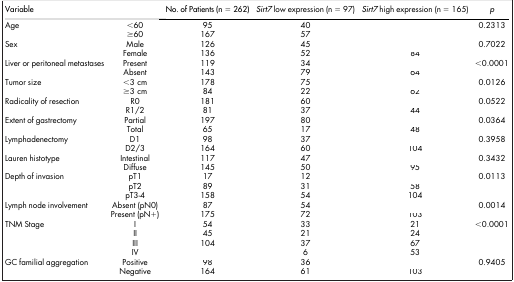
<table><thead><tr><td colspan="2"><b>Variable</b></td><td><b>No. of Patients (n = 262)</b></td><td><b><i>Sirt7</i> low expression (n = 97)</b></td><td><b><i>Sirt7</i> high expression (n = 165)</b></td><td><b><i>p</i></b></td></tr></thead><tbody><tr><td>Age</td><td>&lt;60</td><td>95</td><td>40</td><td>[EMPTY_CELL]</td><td>0.2313</td></tr><tr><td>[EMPTY_CELL]</td><td>≥60</td><td>167</td><td>57</td><td>[EMPTY_CELL]</td><td>[EMPTY_CELL]</td></tr><tr><td rowspan="2">Sex</td><td>Male</td><td>126</td><td>45</td><td>[EMPTY_CELL]</td><td rowspan="2">0.7022</td></tr><tr><td>Female</td><td>136</td><td>52</td><td>84</td></tr><tr><td rowspan="2">Liver or peritoneal metastases</td><td>Present</td><td>119</td><td>34</td><td>[EMPTY_CELL]</td><td rowspan="2">&lt;0.0001</td></tr><tr><td>Absent</td><td>143</td><td>79</td><td>64</td></tr><tr><td rowspan="2">Tumor size</td><td>&lt;3 cm</td><td>178</td><td>75</td><td>[EMPTY_CELL]</td><td rowspan="2">0.0126</td></tr><tr><td>≥3 cm</td><td>84</td><td>22</td><td>62</td></tr><tr><td rowspan="2">Radicality of resection</td><td>R0</td><td>181</td><td>60</td><td>[EMPTY_CELL]</td><td rowspan="2">0.0522</td></tr><tr><td>R1/2</td><td>81</td><td>37</td><td>44</td></tr><tr><td rowspan="2">Extent of gastrectomy</td><td>Partial</td><td>197</td><td>80</td><td>[EMPTY_CELL]</td><td rowspan="2">0.0364</td></tr><tr><td>Total</td><td>65</td><td>17</td><td>48</td></tr><tr><td rowspan="2">Lymphadenectomy</td><td>D1</td><td>98</td><td>37</td><td>[EMPTY_CELL]</td><td rowspan="2">0.3958</td></tr><tr><td>D2/3</td><td>164</td><td>60</td><td>104</td></tr><tr><td rowspan="2">Lauren histotype</td><td>Intestinal</td><td>117</td><td>47</td><td>[EMPTY_CELL]</td><td rowspan="2">0.3432</td></tr><tr><td>Diffuse</td><td>145</td><td>50</td><td>95</td></tr><tr><td rowspan="3">Depth of invasion</td><td>pT1</td><td>17</td><td>12</td><td>[EMPTY_CELL]</td><td rowspan="3">0.0113</td></tr><tr><td>pT2</td><td>89</td><td>31</td><td>58</td></tr><tr><td>pT3-4</td><td>158</td><td>54</td><td>104</td></tr><tr><td rowspan="2">Lymph node involvement</td><td>Absent (pN0)</td><td>87</td><td>54</td><td>[EMPTY_CELL]</td><td rowspan="2">0.0014</td></tr><tr><td>Present (pN+)</td><td>175</td><td>72</td><td>103</td></tr><tr><td rowspan="4">TNM Stage</td><td>I</td><td>54</td><td>33</td><td>21</td><td rowspan="4">&lt;0.0001</td></tr><tr><td>II</td><td>45</td><td>21</td><td>24</td></tr><tr><td>III</td><td>104</td><td>37</td><td>67</td></tr><tr><td>IV</td><td>[EMPTY_CELL]</td><td>6</td><td>53</td></tr><tr><td rowspan="2">GC familial aggregation</td><td>Positive</td><td>98</td><td>36</td><td>[EMPTY_CELL]</td><td rowspan="2">0.9405</td></tr><tr><td>Negative</td><td>164</td><td>61</td><td>103</td></tr></tbody></table>